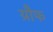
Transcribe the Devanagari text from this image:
ग्रौफ